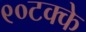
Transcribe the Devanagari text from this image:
९०टक्के